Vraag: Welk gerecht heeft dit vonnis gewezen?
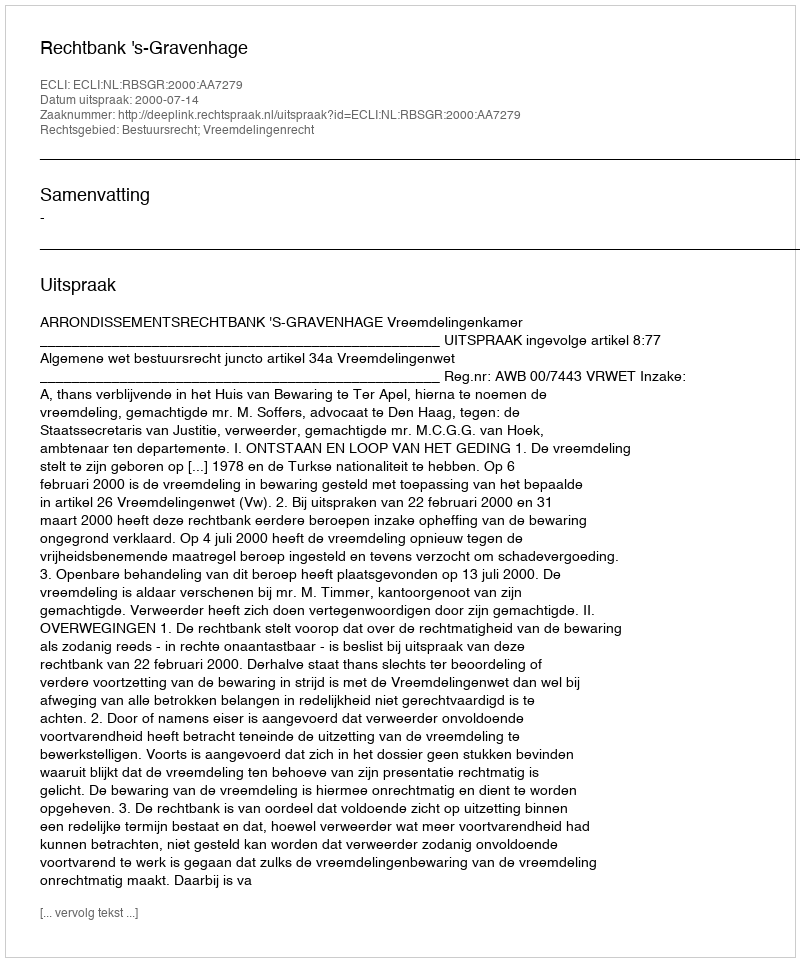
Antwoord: Rechtbank 's-Gravenhage